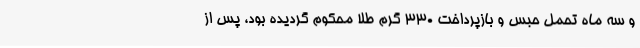
و سه ماه تحمل حبس و بازپرداخت ۳۳۰ گرم طلا محکوم گردیده بود، پس از